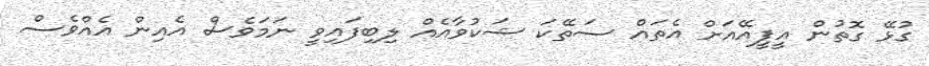
ގުޅޭ ގޮތުން އީޕީއޭއަށް އެތައް ސަތޭކަ ޝަކުވާއެއް ލިބިފައިވީ ނަމަވެސް އެއިން އެއްވެސް